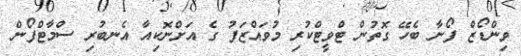
ވިންޑޯޒް ފޯނާ ބެހޭ ގޮތުން ޓްވީޓްކުރި މުވައްޒަފު ގެ އަށްނޮކިއާ އެނބުރި ސްމާޓްފޯން